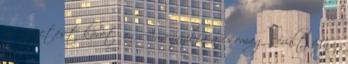
is a fizetést követően Amennyiben a csomag sérült vagy